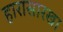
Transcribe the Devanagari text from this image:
हारासारखा